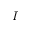
I